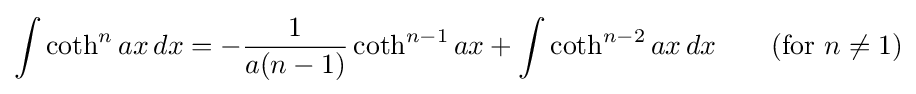
\int \coth ^{n}ax\,dx=-{\frac {1}{a(n-1)}}\coth ^{n-1}ax+\int \coth ^{n-2}ax\,dx\qquad {\mbox{(for }}n\neq 1{\mbox{)}}